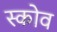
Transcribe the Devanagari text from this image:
स्‍कोव